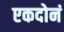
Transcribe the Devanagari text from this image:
एकदोनं